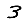
Digit: 3